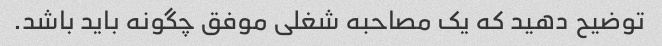
توضیح دهید که یک مصاحبه شغلی موفق چگونه باید باشد.